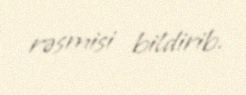
rəsmisi bildirib.